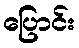
ပြောင်း